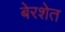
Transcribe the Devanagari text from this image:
बेरशेत